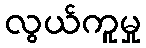
လွယ်ကူမှု